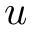
u